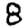
Digit: 8